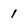
Character: 1